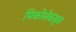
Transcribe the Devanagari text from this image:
पिकोसेकंड्स